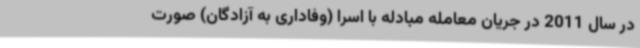
در سال 2011 در جریان معامله مبادله با اسرا (وفاداری به آزادگان) صورت